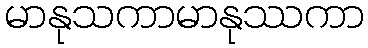
မာနုသကာမာနုဿကာ